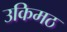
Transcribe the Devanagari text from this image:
उकिमठ